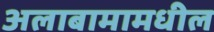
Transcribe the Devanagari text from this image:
अलाबामामधील